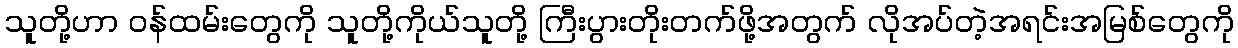
သူတို့ဟာ ဝန်ထမ်းတွေကို သူတို့ကိုယ်သူတို့ ကြီးပွားတိုးတက်ဖို့အတွက် လိုအပ်တဲ့အရင်းအမြစ်တွေကို